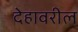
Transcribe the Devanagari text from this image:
देहावरील